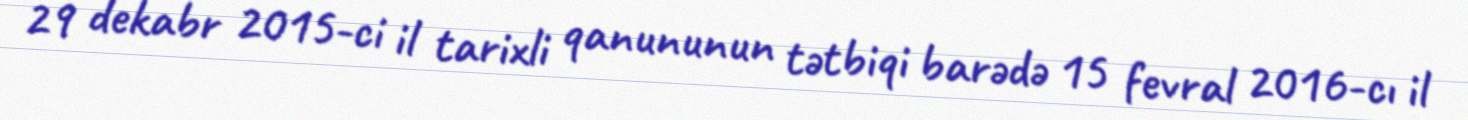
29 dekabr 2015-ci il tarixli qanununun tətbiqi barədə 15 fevral 2016-cı il